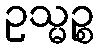
ဥသ္မဉ္စ